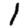
Digit: 1